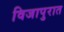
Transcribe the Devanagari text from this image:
विजापुरात